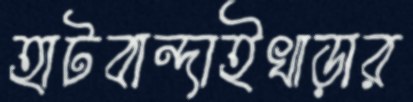
হাটবান্দাইখাড়ার